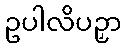
ဥပါလိပဉှာ